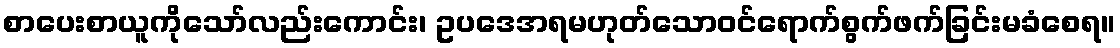
စာပေးစာယူကိုသော်လည်းကောင်း၊ ဥပဒေအရမဟုတ်သောဝင်ရောက်စွက်ဖက်ခြင်းမခံစေရ။